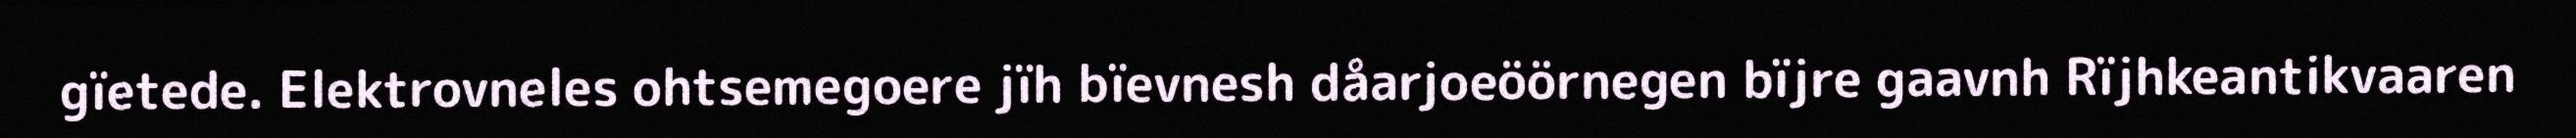
gïetede. Elektrovneles ohtsemegoere jïh bïevnesh dåarjoeöörnegen bïjre gaavnh Rïjhkeantikvaaren